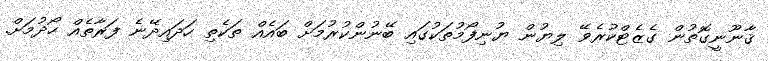
ޤާނޫނީގޮތުން ގެޒެޓްކުރެވޭ ލިޔުން ޔުނިފޯމުތަކުގައި ބޭނުންކުރުމަށް ބައެއް ތަކެތި ހަދައިދޭނެ ފަރާތެއް ހޯދުމަށް.